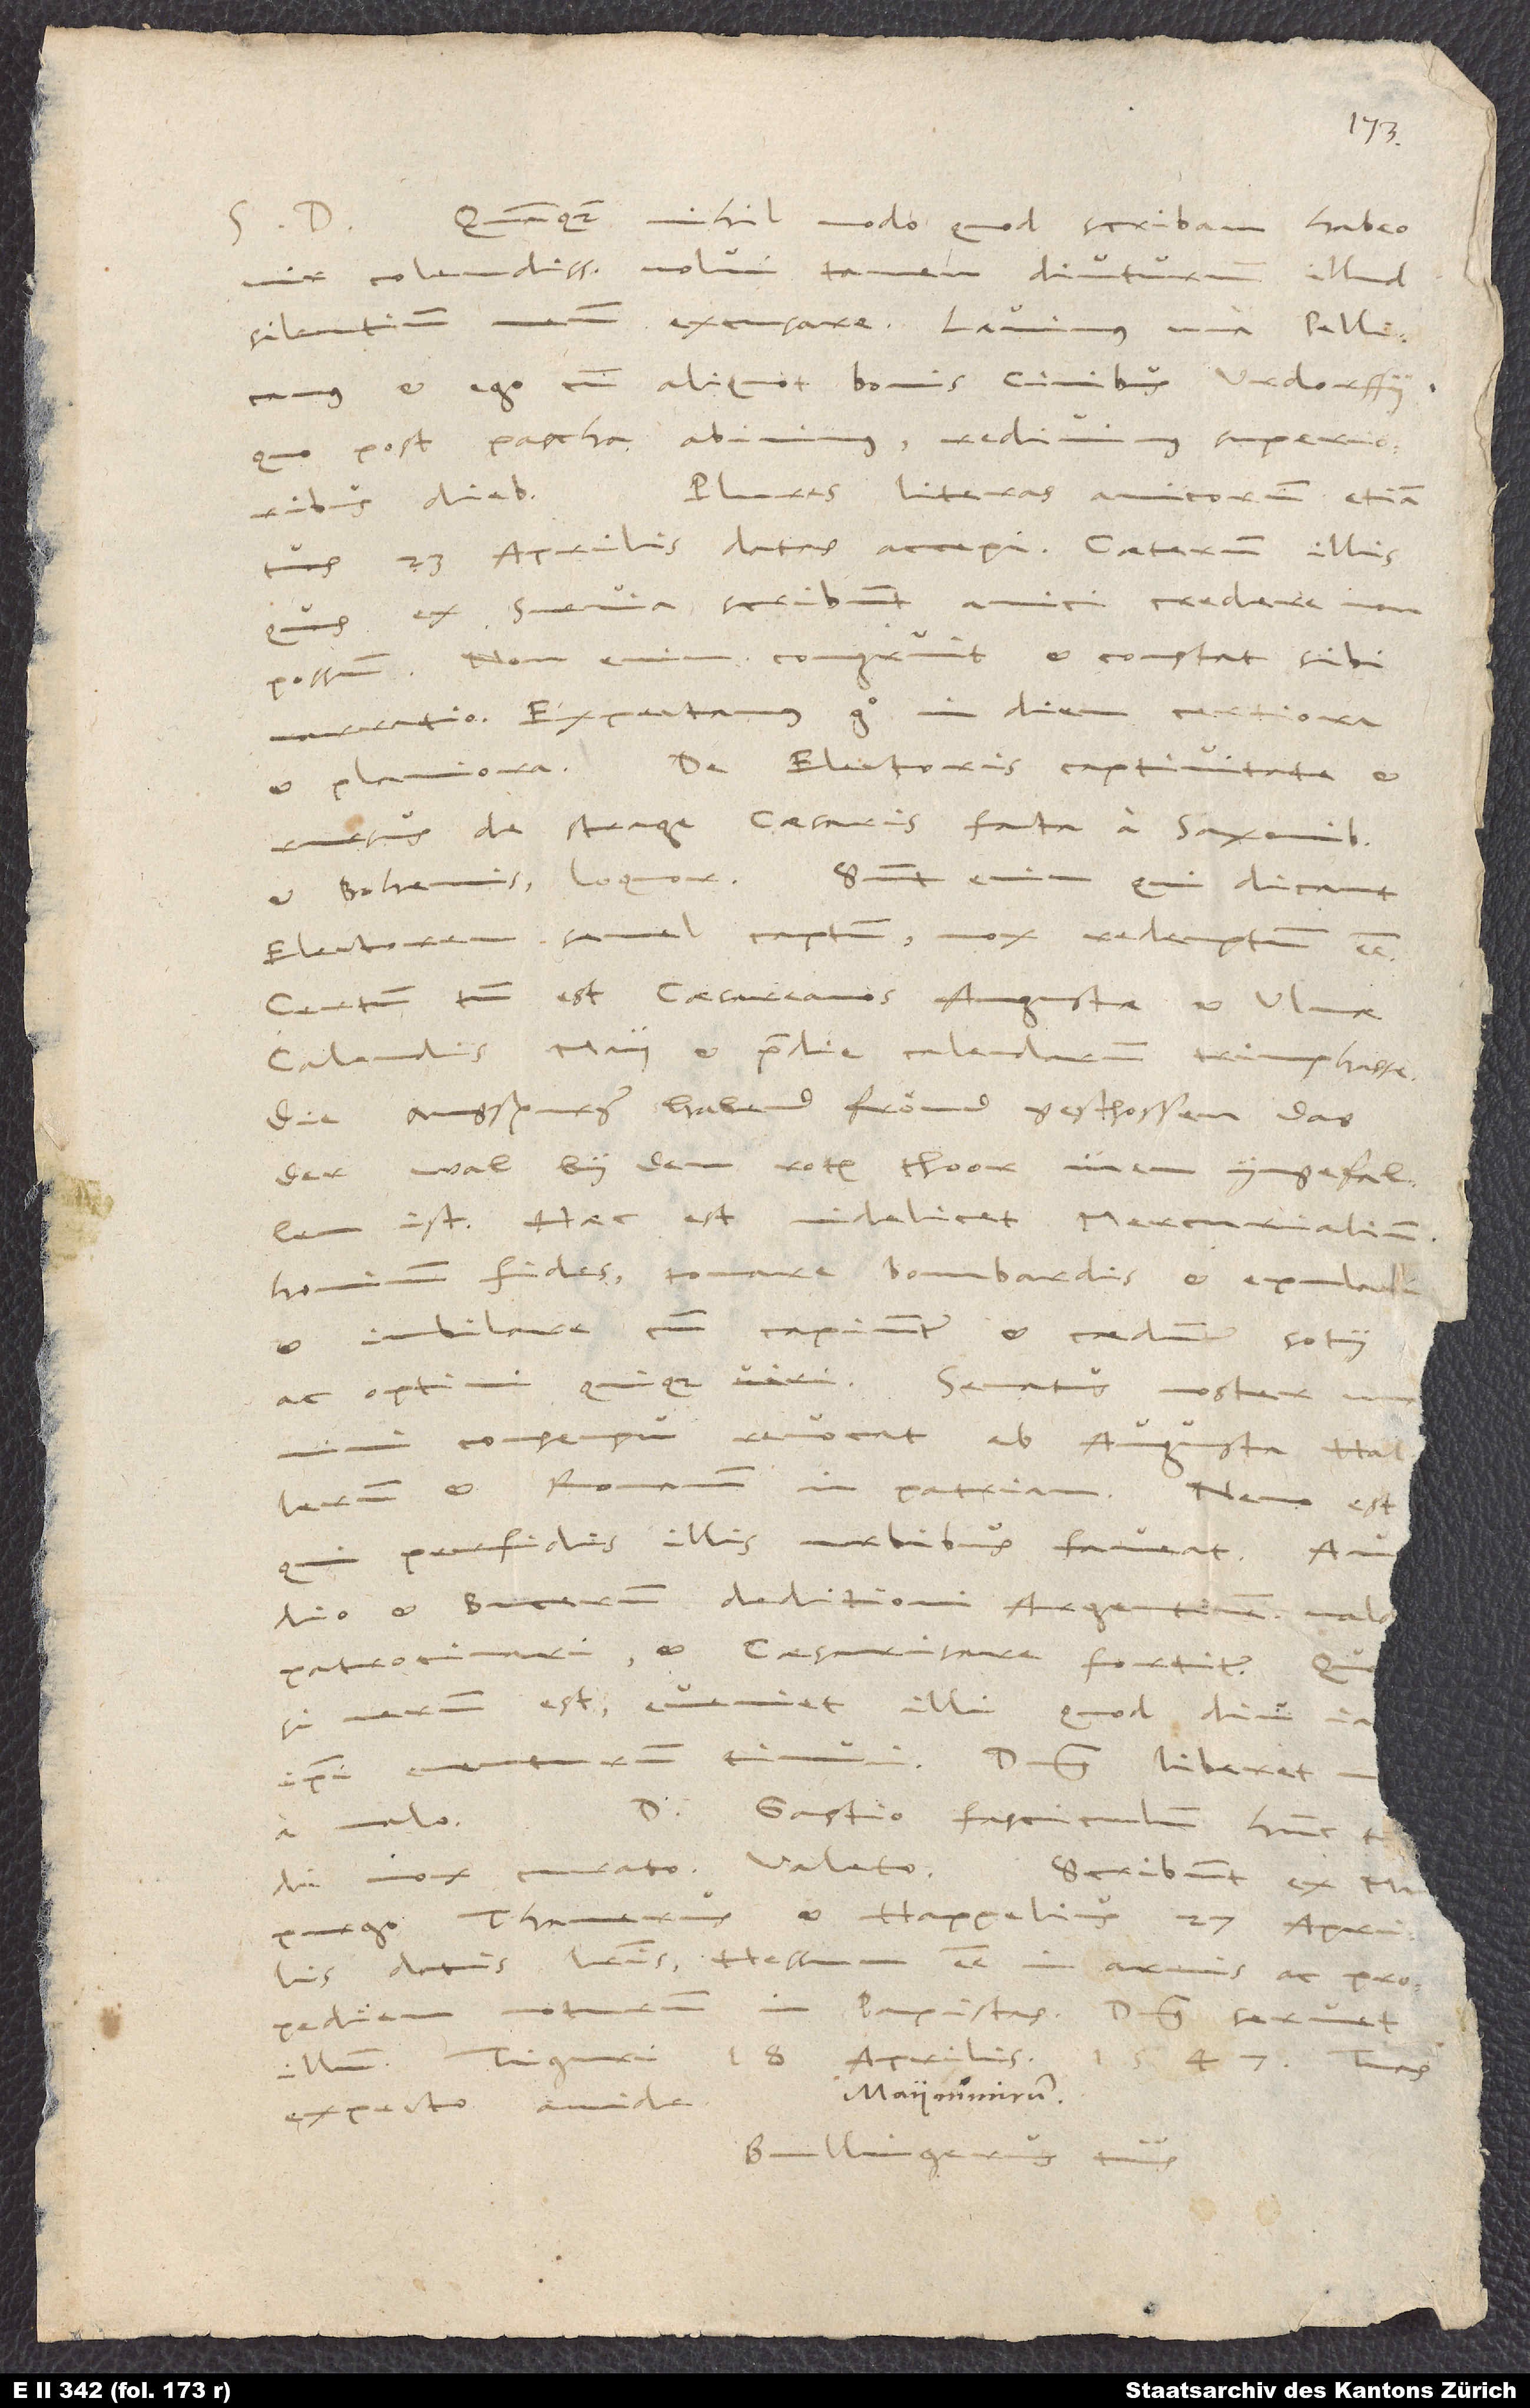
Quamquam nihil modo, quod scribam, habeo,
vir colendissime, volui tamen diuturnum illud
silentium meum excusare. Lavimus una Pellicanus
et ego cum aliquot bonis civibus Urdorffii,
quo post Pascha abivimus; redivimus superioribus
Plures literas amicorum, etiam
diebus.
tuas 23. aprilis datas, accepi. Caeterum illis,
quas ex Suevia scribunt amici, credere non
possum. Non enim congruit et constat sibi
narratio. Expectamus ergo in diem certiora
et planiora. De electoris captivitate et
rursus de strage caesaris facta a Saxonibus
et Bohemis loquor. Sunt enim, qui dicant
electore semel captum, mox redem ptum esse!
Certum tamen est caesareanos Augustae et Ulmae
calendis maii et pridie calendarum triumphasse:
Die Augspurger habend fröud geschossen, das
der wal by dem roten thoor inen yngefallen
ist! Haec est videlicet Mercurialium
hominum fides! Tonare bombardis et epulari
et iubilare, cum capiuntur et caeduntur sotii
consensu revocat ab Augusta Hallerum
et Romanum in patriam. Nemo est,
perfidis illis urbibus faveat.
et Bucerum deditioni Argentinensium
D. Gastio fasciculum hunc tdi
a malo!
mox curato. Valeto.
Scribunt ex Mapurgo
Thamerus et Happelius 27. Aprilis
Hessum esse in armis ac propediem
datis literis
in papistas. Dominus servet
18. aprilis 1547. Tuas
expecto avide!
Bullingerus tuus.